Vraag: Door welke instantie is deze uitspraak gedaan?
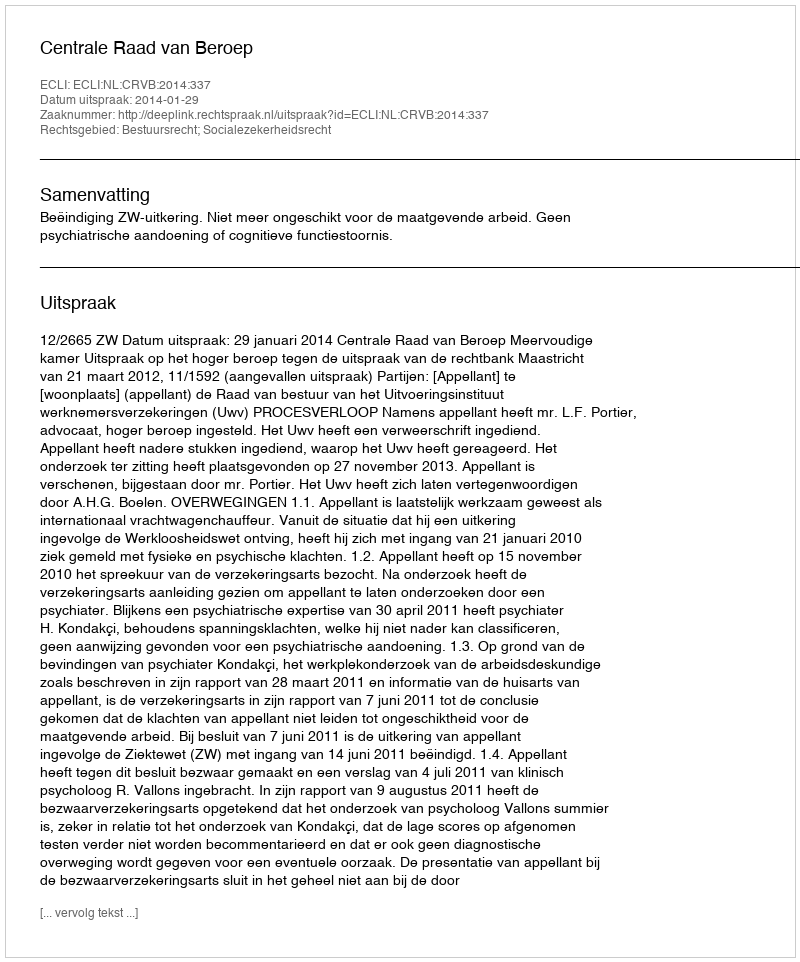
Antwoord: Centrale Raad van Beroep